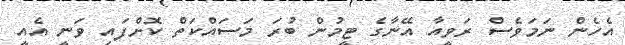
އެހެން ނަމަވެސް ރަވީއާ އޭނާގެ ޓީމުން ބުރަ މަސައްކަތް ކޮށްފައި ވަނީ އެއީ